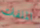
الملفات